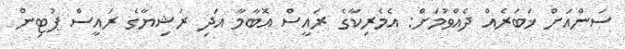
ސަންއަށް ޚަބަރެއް ދެއްވުމަށް: އެމެރިކާގެ ރައީސް އޮބާމާ އަދި ރަޝިޔާގެ ރައީސް ޕުޓިން